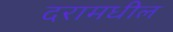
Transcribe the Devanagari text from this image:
दरामधील